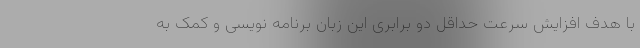
با هدف افزایش سرعت حداقل دو برابری این زبان برنامه نویسی و کمک به